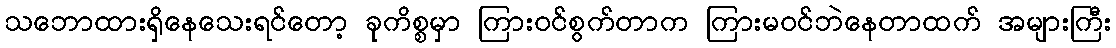
သဘောထားရှိနေသေးရင်တော့ ခုကိစ္စမှာ ကြားဝင်စွက်တာက ကြားမဝင်ဘဲနေတာထက် အများကြီး